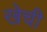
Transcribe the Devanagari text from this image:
खेची